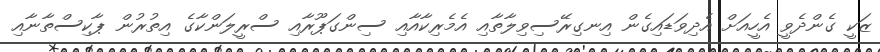
ޒަކީ ގެންދެވީ އެހީއަށް އެދިވަޑައިގެން އިނގިރޭސިވިލާތާއި އެމެރިކާއާއި ސިންގަޕޫރާއި ސްރީލަންކާގެ އިތުރުން ޕާކިސްތާނާއި